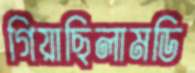
গিয়াছিলামডি